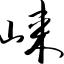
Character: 崃